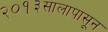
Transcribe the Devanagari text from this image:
२०१३सालापासून